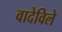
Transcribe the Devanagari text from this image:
वादेविले